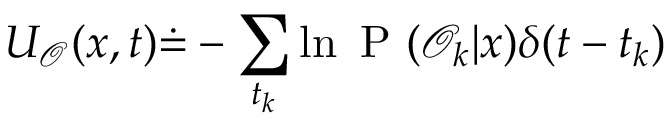
U _ { \mathcal { O } } ( x , t ) \dot { = } - \sum _ { t _ { k } } \ln \mathrm { ~ P ~ } ( \mathcal { O } _ { k } | x ) \delta ( t - t _ { k } )